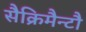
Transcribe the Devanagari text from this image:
सैक्रिमैन्टौ